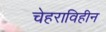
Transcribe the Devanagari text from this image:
चेहराविहीन